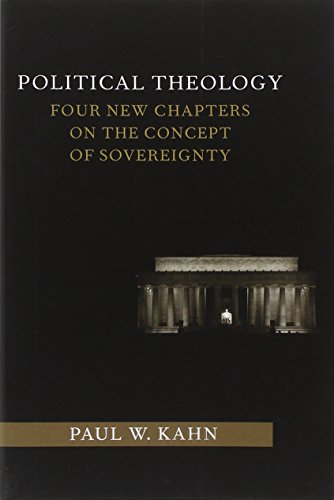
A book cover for Political Theology: Four New Chapters on the Concept of Sovereignty (Columbia Studies in Political Thought / Political History); Paul W. Kahn; Christian Books & Bibles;